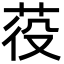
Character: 䓈